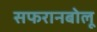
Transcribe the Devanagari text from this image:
सफरानबोलू